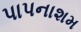
પાપનાશમ